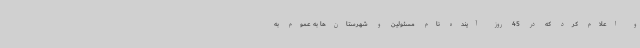
و اعلام کرد که در 45 روز آینده نام مسئولین و شهرستان‌ها به عموم به